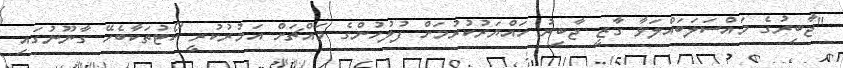
"ޖާބިރުގެ މައްސަލަބައްލަވާ ގާޒީ ޖާބިރު ހައްޔަރުކުރުމަށް ފުލުހުންގެ މައްޗަށް އަމުރުކުރީ ކޯޓުތަކާބެހޭ ގާނޫނުގައި